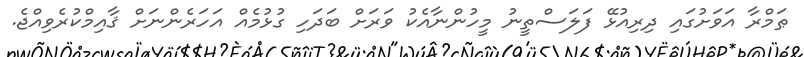
ޠަމްރާ އަވަށުގައި ދިރިއުޅޭ ފަލަސްތީނު މީހުންނާއެކު ވަރަށް ބަދަހި ގުޅުމެއް އަހަރެންނަށް ޤާއިމްކުރެވިއްޖެ.